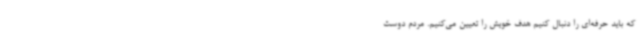
که باید حرفه‌ای را دنبال کنیم هدف خویش را تعیین می‌کنیم. مردم دوست